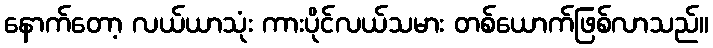
နောက်တော့ လယ်ယာသုံး ကားပိုင်လယ်သမား တစ်ယောက်ဖြစ်လာသည်။